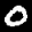
Label: 0